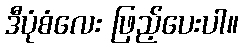
ဒီပုံစံလေး ဖြည့်ပေးပါ။